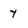
Character: Y